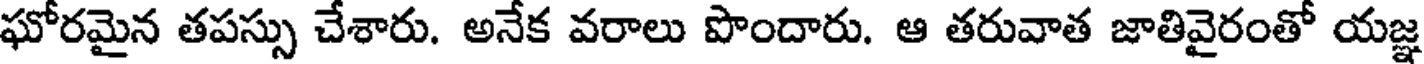
ఘోరమైన తపస్సు చేశారు. అనేక వరాలు పొందారు. ఆ తరువాత జాతివైరంతో యజ్ఞ